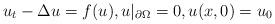
LaTeX: \begin{align*}u_t-\Delta u=f(u),u|_{\partial\Omega}=0,u(x,0)=u_0\end{align*}